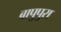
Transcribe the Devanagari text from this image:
बापुपुरा